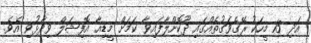
އަދި 15 މީހަކު ރޭގެވަގުތެއްގައި ދޫކޮށްލާފައިވާ ކަމަށް މީޑިއާ އޮފިޝަލް ވިދާޅުވި އެވެ.